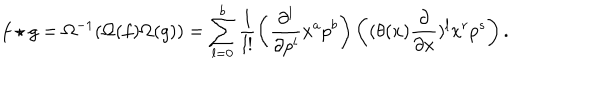
LaTeX: f \star g = \Omega ^ { - 1 } ( \Omega ( f ) \Omega ( g ) ) = \sum _ { l = 0 } ^ { b } \frac { 1 } { l ! } \left( \frac { \partial ^ { l } } { \partial p ^ { l } } x ^ { a } p ^ { b } \right) \left( ( \theta ( x ) \frac { \partial } { \partial x } ) ^ { l } x ^ { r } p ^ { s } \right) .